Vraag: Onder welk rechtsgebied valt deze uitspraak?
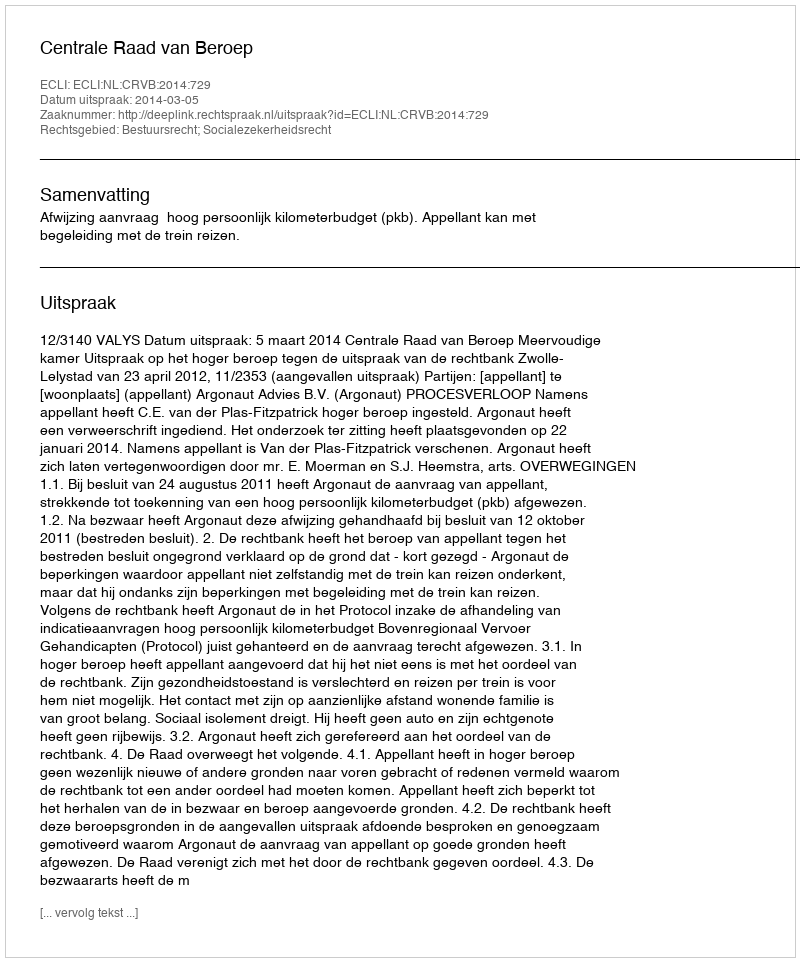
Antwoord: Bestuursrecht; Socialezekerheidsrecht